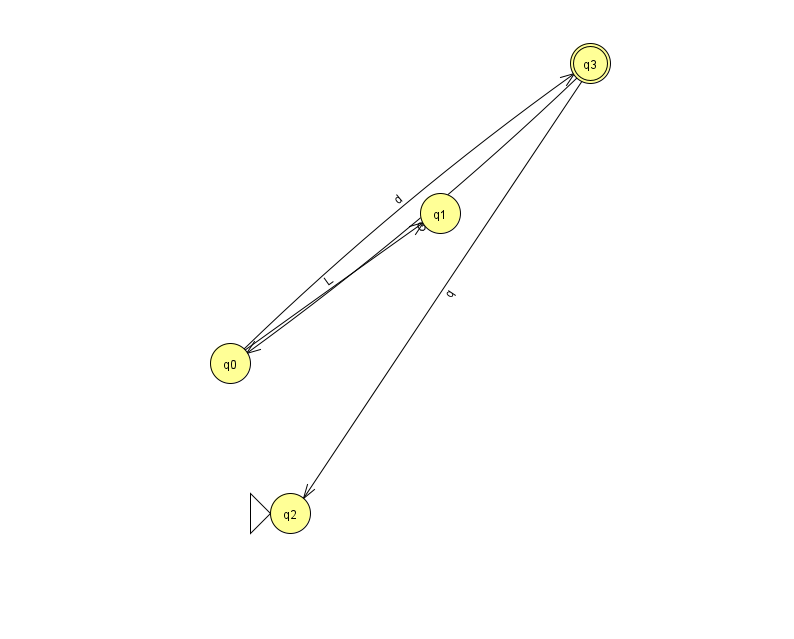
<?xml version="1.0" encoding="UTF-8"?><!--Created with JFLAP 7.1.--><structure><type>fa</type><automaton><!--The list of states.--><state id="0" name="q0"><x>230.0</x><y>350.0</y></state><state id="1" name="q1"><x>440.0</x><y>200.0</y></state><state id="2" name="q2"><x>290.0</x><y>500.0</y><initial/></state><state id="3" name="q3"><x>590.0</x><y>50.0</y><final/></state><!--The list of transitions.--><transition><from>3</from><to>2</to><read>q</read></transition><transition><from>3</from><to>0</to><read>G</read></transition><transition><from>0</from><to>3</to><read>d</read></transition><transition><from>0</from><to>1</to><read>L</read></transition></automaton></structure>